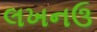
લખનઉ